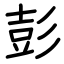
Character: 彭